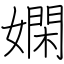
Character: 嫻